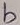
Text: b